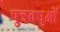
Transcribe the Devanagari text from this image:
पुत्रवधुओं